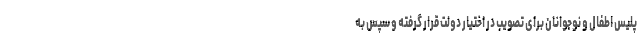
پلیس اطفال و نوجوانان برای تصویب در اختیار دولت قرار گرفته و سپس به